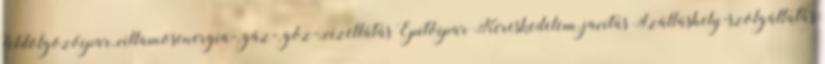
feldolgozóipar, villamosenergia-, gáz-, gőz-, vízellátás Építőipar Kereskedelem, javítás Szálláshely-szolgáltatás